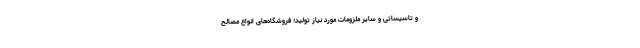
و تاسیساتی و سایر ملزومات مورد نیاز تولید؛ فروشگاه‌های انواع مصالح